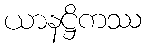
ယာနဋ္ဌိကဿ